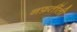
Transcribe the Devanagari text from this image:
नफ़र्तीती